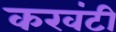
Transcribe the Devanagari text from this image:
करवंटी